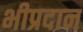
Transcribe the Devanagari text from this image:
भीप्रदान